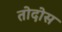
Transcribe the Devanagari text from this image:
तोदोस